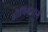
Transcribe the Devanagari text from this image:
होनियारामें